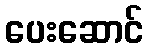
ပေးဆောင်